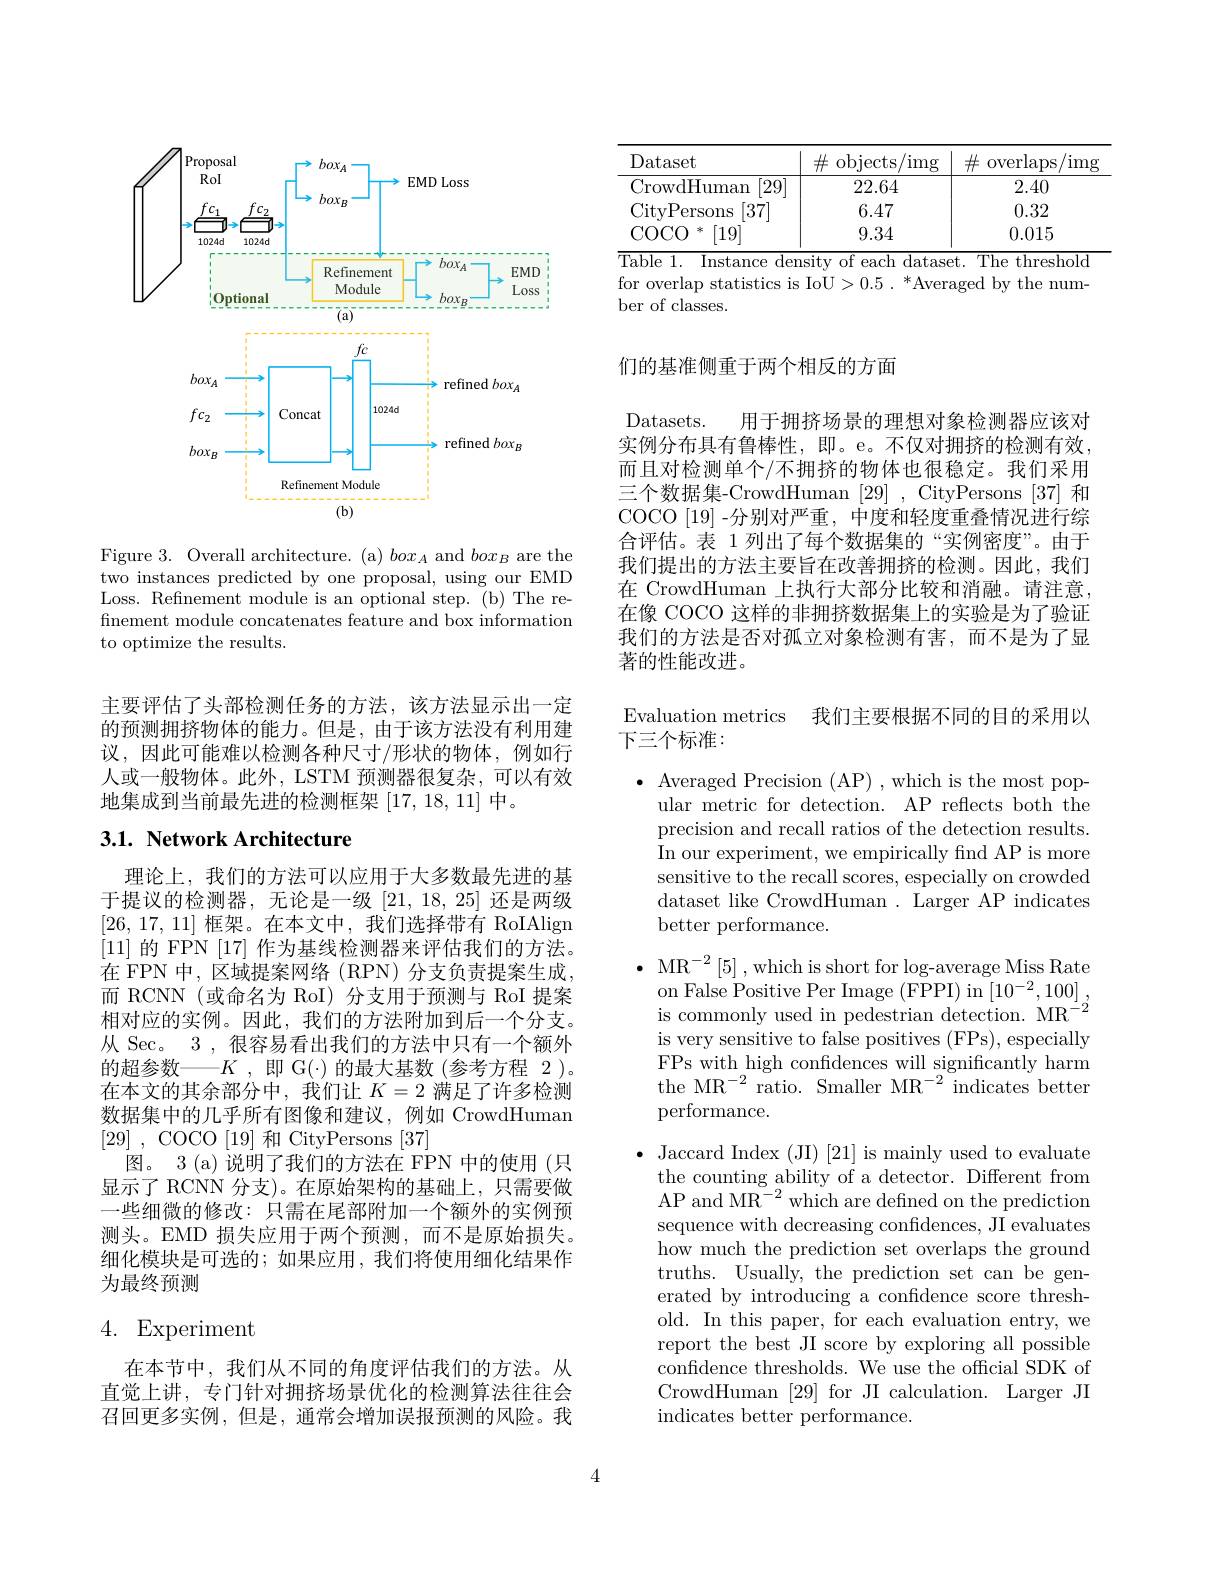
<FigureHere>

Figure 3. Overall architecture. (a) $box_A$ and $box_B$ are the two instances predicted by one proposal, using our EMD Loss. Refinement module is an optional step. (b) The refinement module concatenates feature and box information to optimize the results.

主要评估了头部检测任务的方法，该方法显示出一定的预测拥挤物体的能力。但是，由于该方法没有利用建议，因此可能难以检测各种尺寸/形状的物体，例如行人或一般物体。此外，LSTM 预测器很复杂，可以有效地集成到当前最先进的检测框架[17,18,11]中。

## 3.1. Network Architecture

理论上，我们的方法可以应用于大多数最先进的基于提议的检测器，无论是一级[21,18,25]还是两级[26,17,11]框架。在本文中，我们选择带有 RoIAlign [11]的 FPN [17] 作为基线检测器来评估我们的方法。在 FPN 中，区域提案网络 (RPN) 分支负责提案生成， 而 RCNN(或命名为 RoI) 分支用于预测与 RoI 提案相对应的实例。因此，我们的方法附加到后一个分支。从 Sec。3 , 很容易看出我们的方法中只有一个额外的超参数——$K$ ,即 G(-)的最大基数(参考方程 2 )。在本文的其余部分中，我们让$K=2$满足了许多检测数据集中的几乎所有图像和建议，例如 CrowdHuman [29],COCO [ 19] 和 CityPersons [37]
图。3 (a) 说明了我们的方法在 FPN 中的使用 (只显示了 RCNN 分支)。在原始架构的基础上，只需要做一些细微的修改：只需在尾部附加一个额外的实例预测头。EMD 损失应用于两个预测，而不是原始损失。细化模块是可选的；如果应用，我们将使用细化结果作为最终预测

# 4. Experiment

在本节中，我们从不同的角度评估我们的方法。从直觉上讲，专门针对拥挤场景优化的检测算法往往会召回更多实例，但是，通常会增加误报预测的风险。我

<table>
	<tbody>
		<tr>
			<th>Dataset</th>
			<th>$\#$ objects $\operatorname{img}$</th>
			<th>$\#$ overlaps $lm$</th>
		</tr>
		<tr>
			<td>CrowdHuman [29]</td>
			<td>22.64</td>
			<td>2.40</td>
		</tr>
		<tr>
			<td>CityPersons [37]</td>
			<td>6.47</td>
			<td>0.32</td>
		</tr>
		<tr>
			<td>$\operatorname{COCO}$ 米 [19]</td>
			<td>9.34</td>
			<td>0.015</td>
		</tr>
	</tbody>
</table>
$\overline{\text{Table 1. Instance density of each dataset. The threshold}}$

for overlap statistics is IoU>0.5~.~*Averaged~by~the~num-
ber of classes.

## 们的基准侧重于两个相反的方面

Datasets.
用于拥挤场景的理想对象检测器应该对
实例分布具有鲁棒性，即。e。不仅对拥挤的检测有效， 而且对检测单个/不拥挤的物体也很稳定。我们采用三个数据集-CrowdHuman [29] , CityPersons [37] 和COCO [19] -分别对严重，中度和轻度重叠情况进行综合评估。表 1 列出了每个数据集的“实例密度”。由于我们提出的方法主要旨在改善拥挤的检测。因此，我们在 CrowdHuman 上执行大部分比较和消融。请注意， 在像 COCO 这样的非拥挤数据集上的实验是为了验证我们的方法是否对孤立对象检测有害，而不是为了显著的性能改进。

Evaluation metrics 我们主要根据不同的目的采用以
下三个标准：

$\bullet$ Averaged Precision (AP) , which is the most pop-
ular metric for detection. AP reflects both the precision and recall ratios of the detection results. In our experiment, we empirically find AP is more sensitive to the recall scores, especially on crowded dataset like CrowdHuman. Larger AP indicates better performance.

$\bullet$ MR$^-2\left[5\right]$,which is short for log-average Miss Rate $\begin{array}{l}{\mathrm{on~False~Positive~Per~Image~(FPPI)~in~[10^{-2},100]}}\\{\mathrm{is~commonly~used~in~pedestrian~detection.~MR^{-2}}}\end{array}$ is very sensitive to false positives (FPs), especially FPs with high confidences will significantly harm the MR$^-2$ratio. Smaller MR$^-2$indicates better performance.

$\bullet$ Jaccard Index (JI) [21] is mainly used to evaluate
the counting ability of a detector. Different from AP and M$R^{- 2}$ which are defined on the prediction sequence with decreasing confidences, JI evaluates how much the prediction set overlaps the ground truths. Usually, the prediction set can be generated by introducing a confidence score threshold. In this paper, for each evaluation entry, we report the best JI score by exploring all possible confidence thresholds. We use the official SDK of CrowdHuman [29] for JI calculation. Larger JI indicates better performance.

4